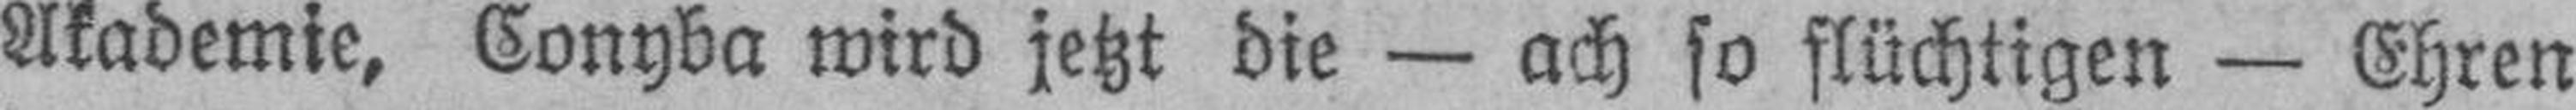
Akademie, Conyba wird jetzt die — ach so flüchtigen — Ehren